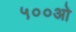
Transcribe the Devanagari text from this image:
५००ओ